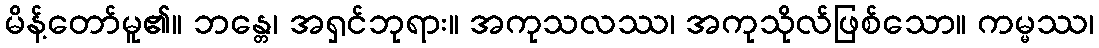
မိန့်တော်မူ၏။ ဘန္တေ၊ အရှင်ဘုရား။ အကုသလဿ၊ အကုသိုလ်ဖြစ်သော။ ကမ္မဿ၊